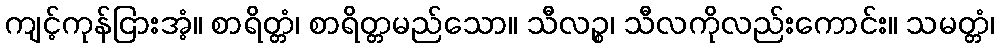
ကျင့်ကုန်ငြားအံ့။ စာရိတ္တံ၊ စာရိတ္တမည်သော။ သီလဉ္စ၊ သီလကိုလည်းကောင်း။ သမတ္တံ၊